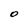
Character: O